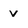
Character: v